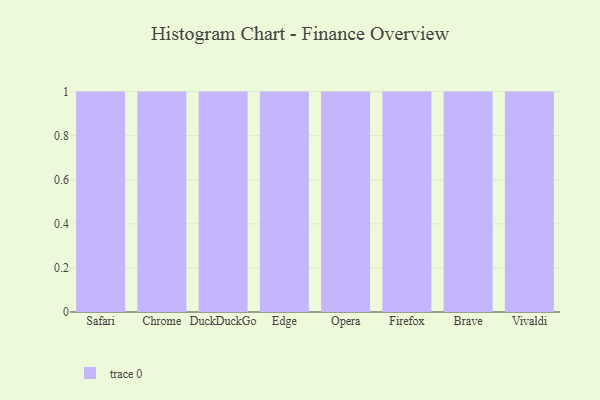
{"axis": {"x": "Browser", "y": "Market Share (%)"}, "legend": [""], "data": [{"x": "Safari", "y": 10, "type": ""}, {"x": "Chrome", "y": 51, "type": ""}, {"x": "DuckDuckGo", "y": 96, "type": ""}, {"x": "Edge", "y": 41, "type": ""}, {"x": "Opera", "y": 90, "type": ""}, {"x": "Firefox", "y": 63, "type": ""}, {"x": "Brave", "y": 50, "type": ""}, {"x": "Vivaldi", "y": 11, "type": ""}]}